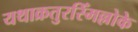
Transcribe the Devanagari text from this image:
यथाक्रतुरस्मिँल्लोके